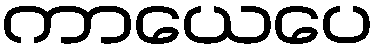
ကာယေပေ